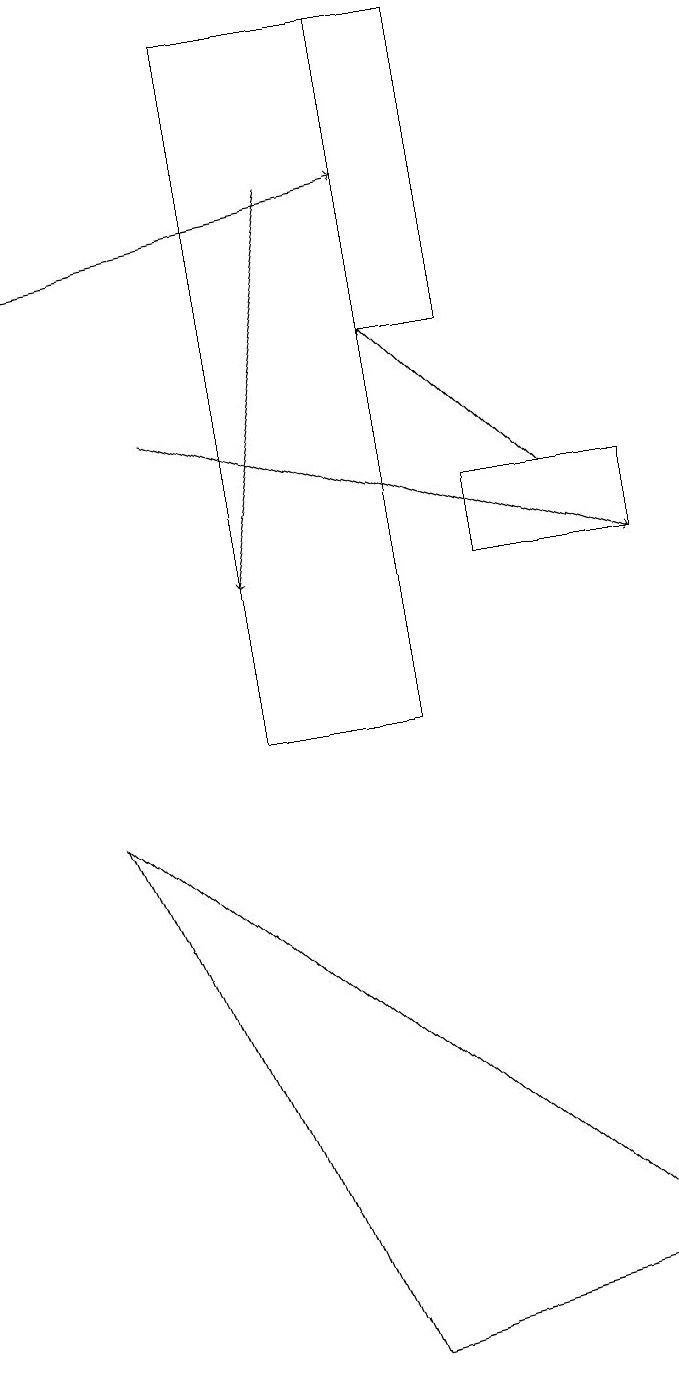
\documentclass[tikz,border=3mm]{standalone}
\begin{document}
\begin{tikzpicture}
\draw (6,19) rectangle (4,10);
\draw[->] (8,13) -- (6,15);
\draw (2,9) -- (5,2) -- (9,3) -- cycle;
\draw[->] (1,16) -- (6,17);
\draw (9,13) rectangle (7,12);
\draw[->] (5,17) -- (4,12);
\draw[->] (3,14) -- (9,12);
\draw (6,15) rectangle (7,19);
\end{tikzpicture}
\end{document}